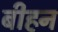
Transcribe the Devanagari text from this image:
बीहन